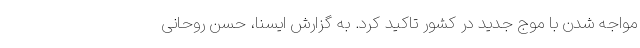
مواجه شدن با موج جدید در کشور تاکید کرد. به گزارش ایسنا، حسن روحانی